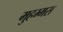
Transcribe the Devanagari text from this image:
मुहम्मस